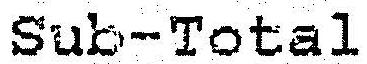
SUB-TOTAL